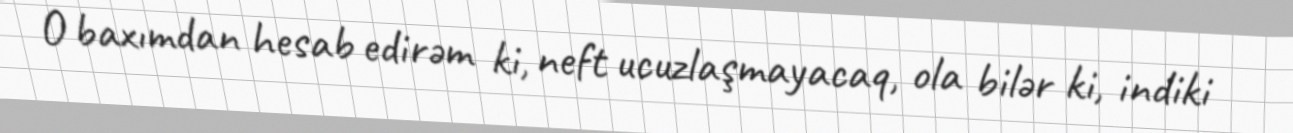
O baxımdan hesab edirəm ki, neft ucuzlaşmayacaq, ola bilər ki, indiki